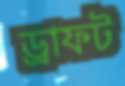
ড্রাফট